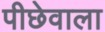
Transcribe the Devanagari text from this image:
पीछेवाला